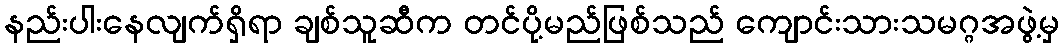
နည်းပါးနေလျက်ရှိရာ ချစ်သူဆီက တင်ပို့မည်ဖြစ်သည် ကျောင်းသားသမဂ္ဂအဖွဲ့မှ